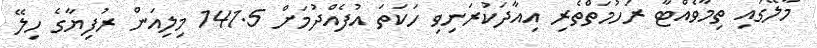
މާލޭގައި ތިމާވެއްޓާ ރަހުމަތްތެރި އިއާދަކުރަނިވި ހަކަތަ އުފެއްދުމަށް 141.5 މިލިއަން ރުފިޔާގެ ހިލޭ